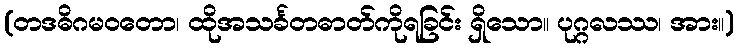
(တဒဓိဂမဝတော၊ ထိုအသင်္ခတဓာတ်ကိုရခြင်း ရှိသော။ ပုဂ္ဂလဿ၊ အား။)